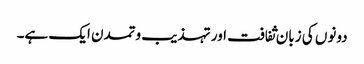
دونوں کی زبان ثفافت اور تہذیب وتمدن ایک ہے۔